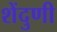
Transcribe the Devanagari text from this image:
शेंदुणी